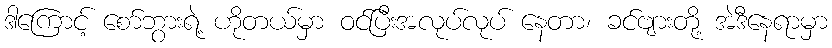
ဒါကြောင့် စော်ဘွားရဲ့ ဟိုတယ်မှာ ဝင်ပြီးအလုပ်လုပ် နေတာ၊ ခင်ဗျားတို့ အဲဒီနေရာမှာ